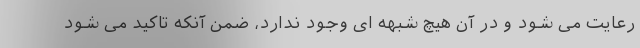
رعایت می شود و در آن هیچ شبهه ای وجود ندارد، ضمن آنکه تاکید می شود